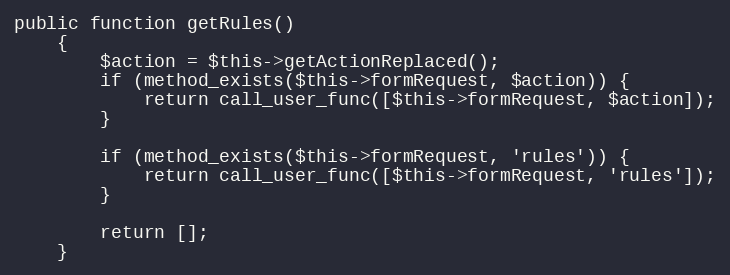
Language: PHP
public function getRules()
    {
        $action = $this->getActionReplaced();
        if (method_exists($this->formRequest, $action)) {
            return call_user_func([$this->formRequest, $action]);
        }

        if (method_exists($this->formRequest, 'rules')) {
            return call_user_func([$this->formRequest, 'rules']);
        }

        return [];
    }